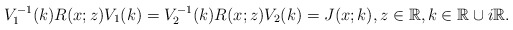
\begin{align*}V_1^{-1}(k) R(x;z) V_1(k)=V_2^{-1}(k) R(x;z) V_2(k)=J(x;k),z \in \mathbb{R}, k \in \mathbb{R} \cup i \mathbb{R}.\end{align*}